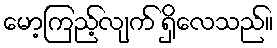
မော့ကြည့်လျက် ရှိလေသည်။